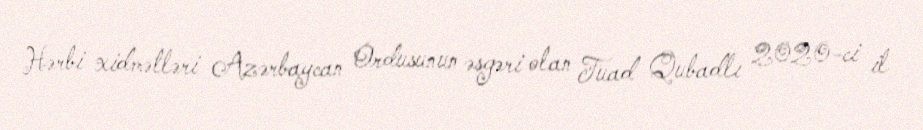
Hərbi xidmətləri Azərbaycan Ordusunun əsgəri olan Fuad Qubadlı 2020-ci il